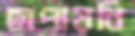
ছাপায়নি